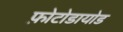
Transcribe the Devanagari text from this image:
फ़ोटोडायोड